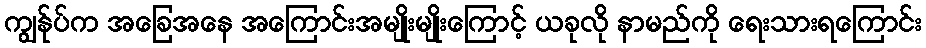
ကျွန်ုပ်က အခြေအနေ အကြောင်းအမျိုးမျိုးကြောင့် ယခုလို နာမည်ကို ရေးသားရကြောင်း